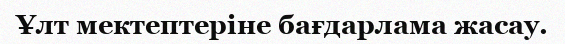
Ұлт мектептеріне бағдарлама жасау.